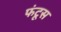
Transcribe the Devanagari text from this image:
फंटूस